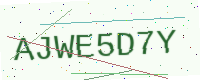
Text: AJWE5D7Y